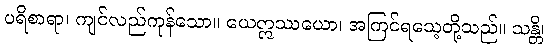
ပရိစာရာ၊ ကျင်လည်ကုန်သော။ ယေဣဿယော၊ အကြင်ရသေ့တို့သည်။ သန္တိ၊